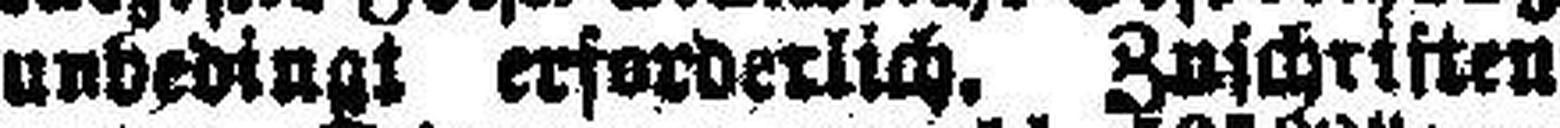
unbedingt erforderlich, Zuschriften